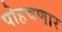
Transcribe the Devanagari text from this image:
पोहचणार